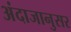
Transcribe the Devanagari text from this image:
अंदाजानुसर